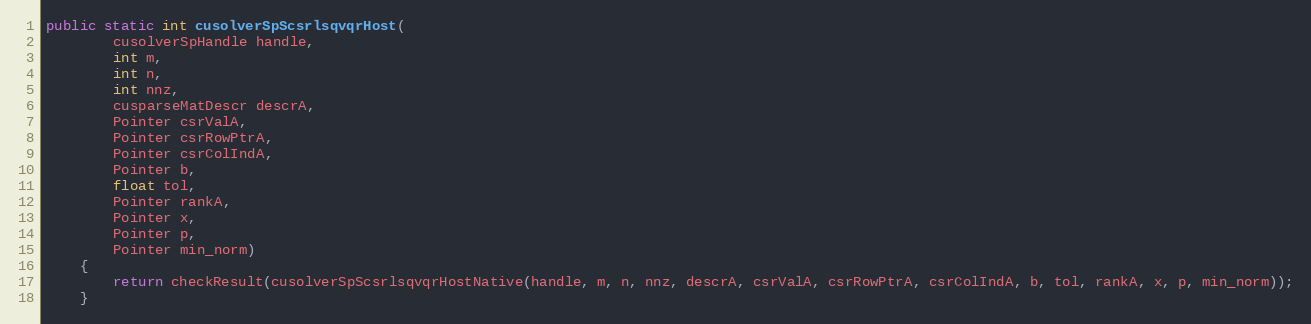
Language: Java
public static int cusolverSpScsrlsqvqrHost(
        cusolverSpHandle handle,
        int m,
        int n,
        int nnz,
        cusparseMatDescr descrA,
        Pointer csrValA,
        Pointer csrRowPtrA,
        Pointer csrColIndA,
        Pointer b,
        float tol,
        Pointer rankA,
        Pointer x,
        Pointer p,
        Pointer min_norm)
    {
        return checkResult(cusolverSpScsrlsqvqrHostNative(handle, m, n, nnz, descrA, csrValA, csrRowPtrA, csrColIndA, b, tol, rankA, x, p, min_norm));
    }